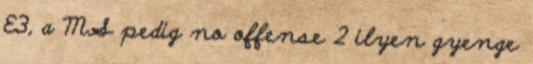
E3, a MS pedig no offense 2 ilyen gyenge